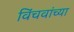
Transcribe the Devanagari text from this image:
विंचवांच्या